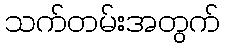
သက်တမ်းအတွက်